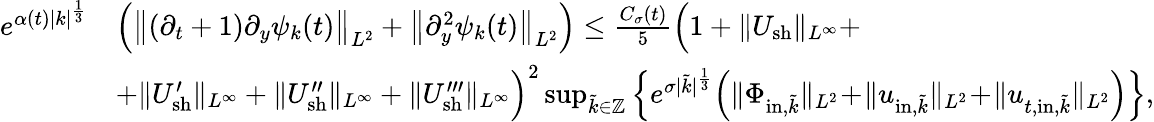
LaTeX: \begin{array}{rl}{e^{\alpha(t)|k|^{\frac{1}{3}}}}&{\Big(\big\| (\partial_{t}+1)\partial_{y}\psi_{k}(t)\big\| _{L^{2}}+\big\| \partial_{y}^{2}\psi_{k}(t)\big\| _{L^{2}}\Big)\leq\frac{C_{\sigma}(t)}{5}\Big(1+\| U_{\mathrm{sh}}\| _{L^{\infty}}+}\\ &{+\| U_{\mathrm{sh}}^{\prime}\| _{L^{\infty}}+\| U_{\mathrm{sh}}^{\prime\prime}\| _{L^{\infty}}+\| U_{\mathrm{sh}}^{\prime\prime\prime}\| _{L^{\infty}}\Big)^{2}\operatorname*{sup}_{\tilde{k}\in\mathbb Z}\Big\{ e^{\sigma|\tilde{k}|^{\frac{1}{3}}}\Big(\| \Phi_{\mathrm{in},\tilde{k}}\| _{L^{2}}\! +\! \| u_{\mathrm{in},\tilde{k}}\| _{L^{2}}\! +\! \| u_{t,\mathrm{in},\tilde{k}}\| _{L^{2}}\Big)\Big\} ,}\end{array}